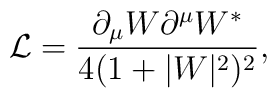
\mathcal{L}=\frac{\partial_{\mu}W\partial^{\mu}W^{*}}{4(1+|W|^{2})^{2}},